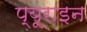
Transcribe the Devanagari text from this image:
प्यूराइन